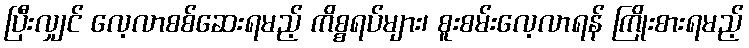
ပြီးလျှင် လေ့လာစစ်ဆေးရမည့် ကိစ္စရပ်များ၊ စူးစမ်းလေ့လာရန် ကြိုးစားရမည့်